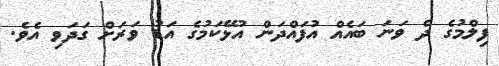
ފިލްމުގެ ދެ ވަނަ ބައެއް އުފައްދަން އުޅޭކަމުގެ އަޑު ވަރަށް ގަދަވި އެވެ.